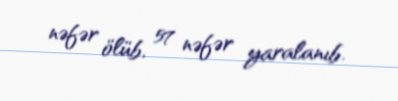
nəfər ölüb, 57 nəfər yaralanıb.